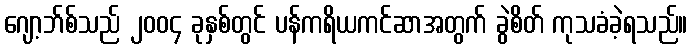
ဂျော့ဘ်စ်သည် ၂၀၀၄ ခုနှစ်တွင် ပန်ကရိယကင်ဆာအတွက် ခွဲစိတ် ကုသခံခဲ့ရသည်။